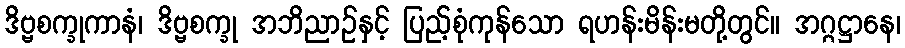
ဒိဗ္ဗစက္ခုကာနံ၊ ဒိဗ္ဗစက္ခု အဘိညာဉ်နှင့် ပြည့်စုံကုန်သော ရဟန်းမိန်းမတို့တွင်။ အဂ္ဂဋ္ဌာနေ၊